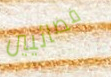
فضائيين